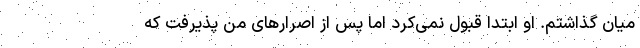
میان گذاشتم. او ابتدا قبول نمی‌کرد اما پس از اصرارهای من پذیرفت که